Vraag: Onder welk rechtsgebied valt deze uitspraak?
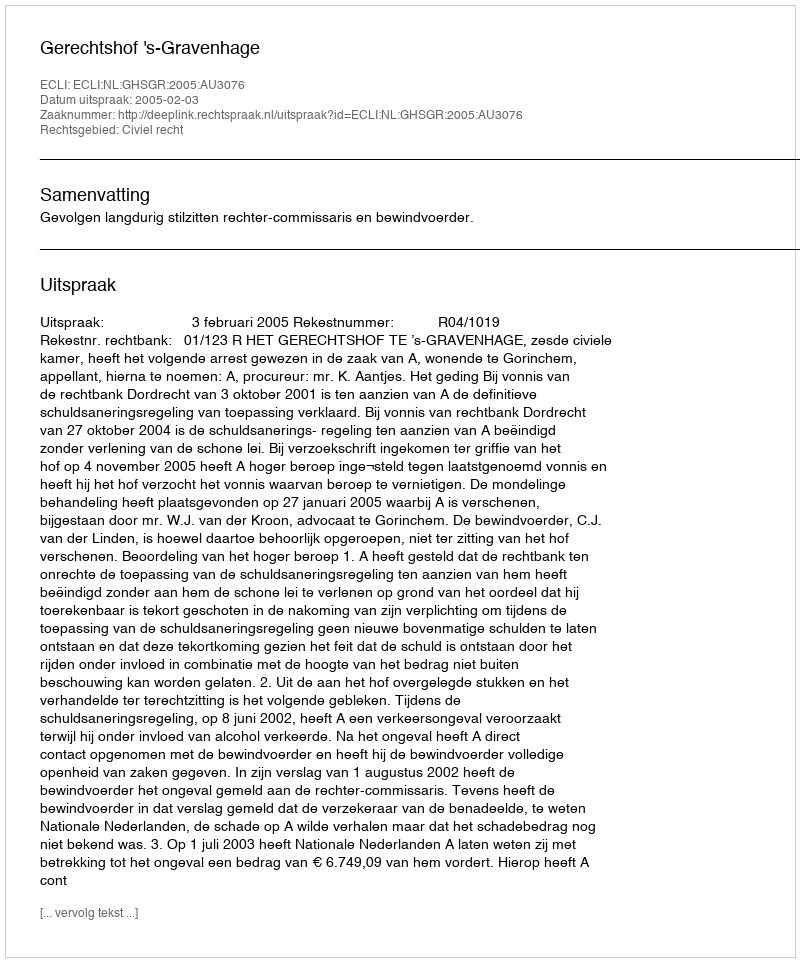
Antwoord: Civiel recht